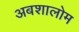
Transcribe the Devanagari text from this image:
अबशालोम